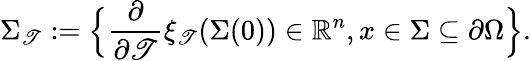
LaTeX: \Sigma_{\mathscr{T}}:=\Big\{ \frac{{\partial}}{{\partial\mathscr{T}}}\xi_{\mathscr{T}}(\Sigma(0))\in\mathbb{{R}}^{n},x\in\Sigma\subseteq\partial\Omega\Big\} .